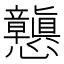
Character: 𭟪